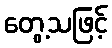
တွေ့သဖြင့်